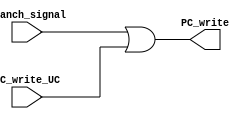
module F_orgate(
    input  wire   branch_signal,
    input  wire   PC_write_UC,
    output wire   PC_write
);


assign PC_write = branch_signal | PC_write_UC;

endmodule